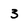
Character: 3